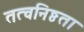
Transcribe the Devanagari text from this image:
तत्वनिष्ठता